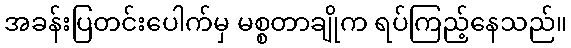
အခန်းပြတင်းပေါက်မှ မစ္စတာချိုက ရပ်ကြည့်နေသည်။